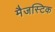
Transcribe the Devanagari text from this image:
मैजस्टिक